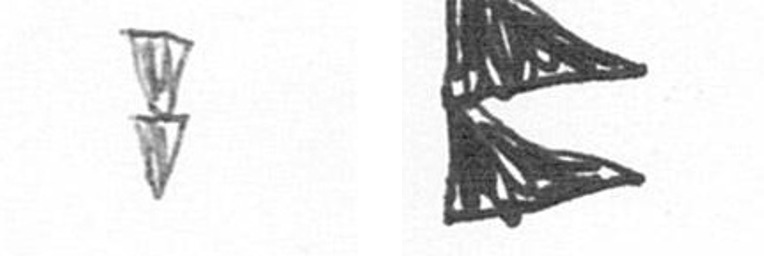
Z P